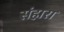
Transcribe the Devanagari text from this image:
संहारा